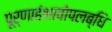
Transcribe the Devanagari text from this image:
पूर्णाहंभावोपलब्धि